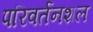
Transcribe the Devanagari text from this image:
परिवर्तनशल